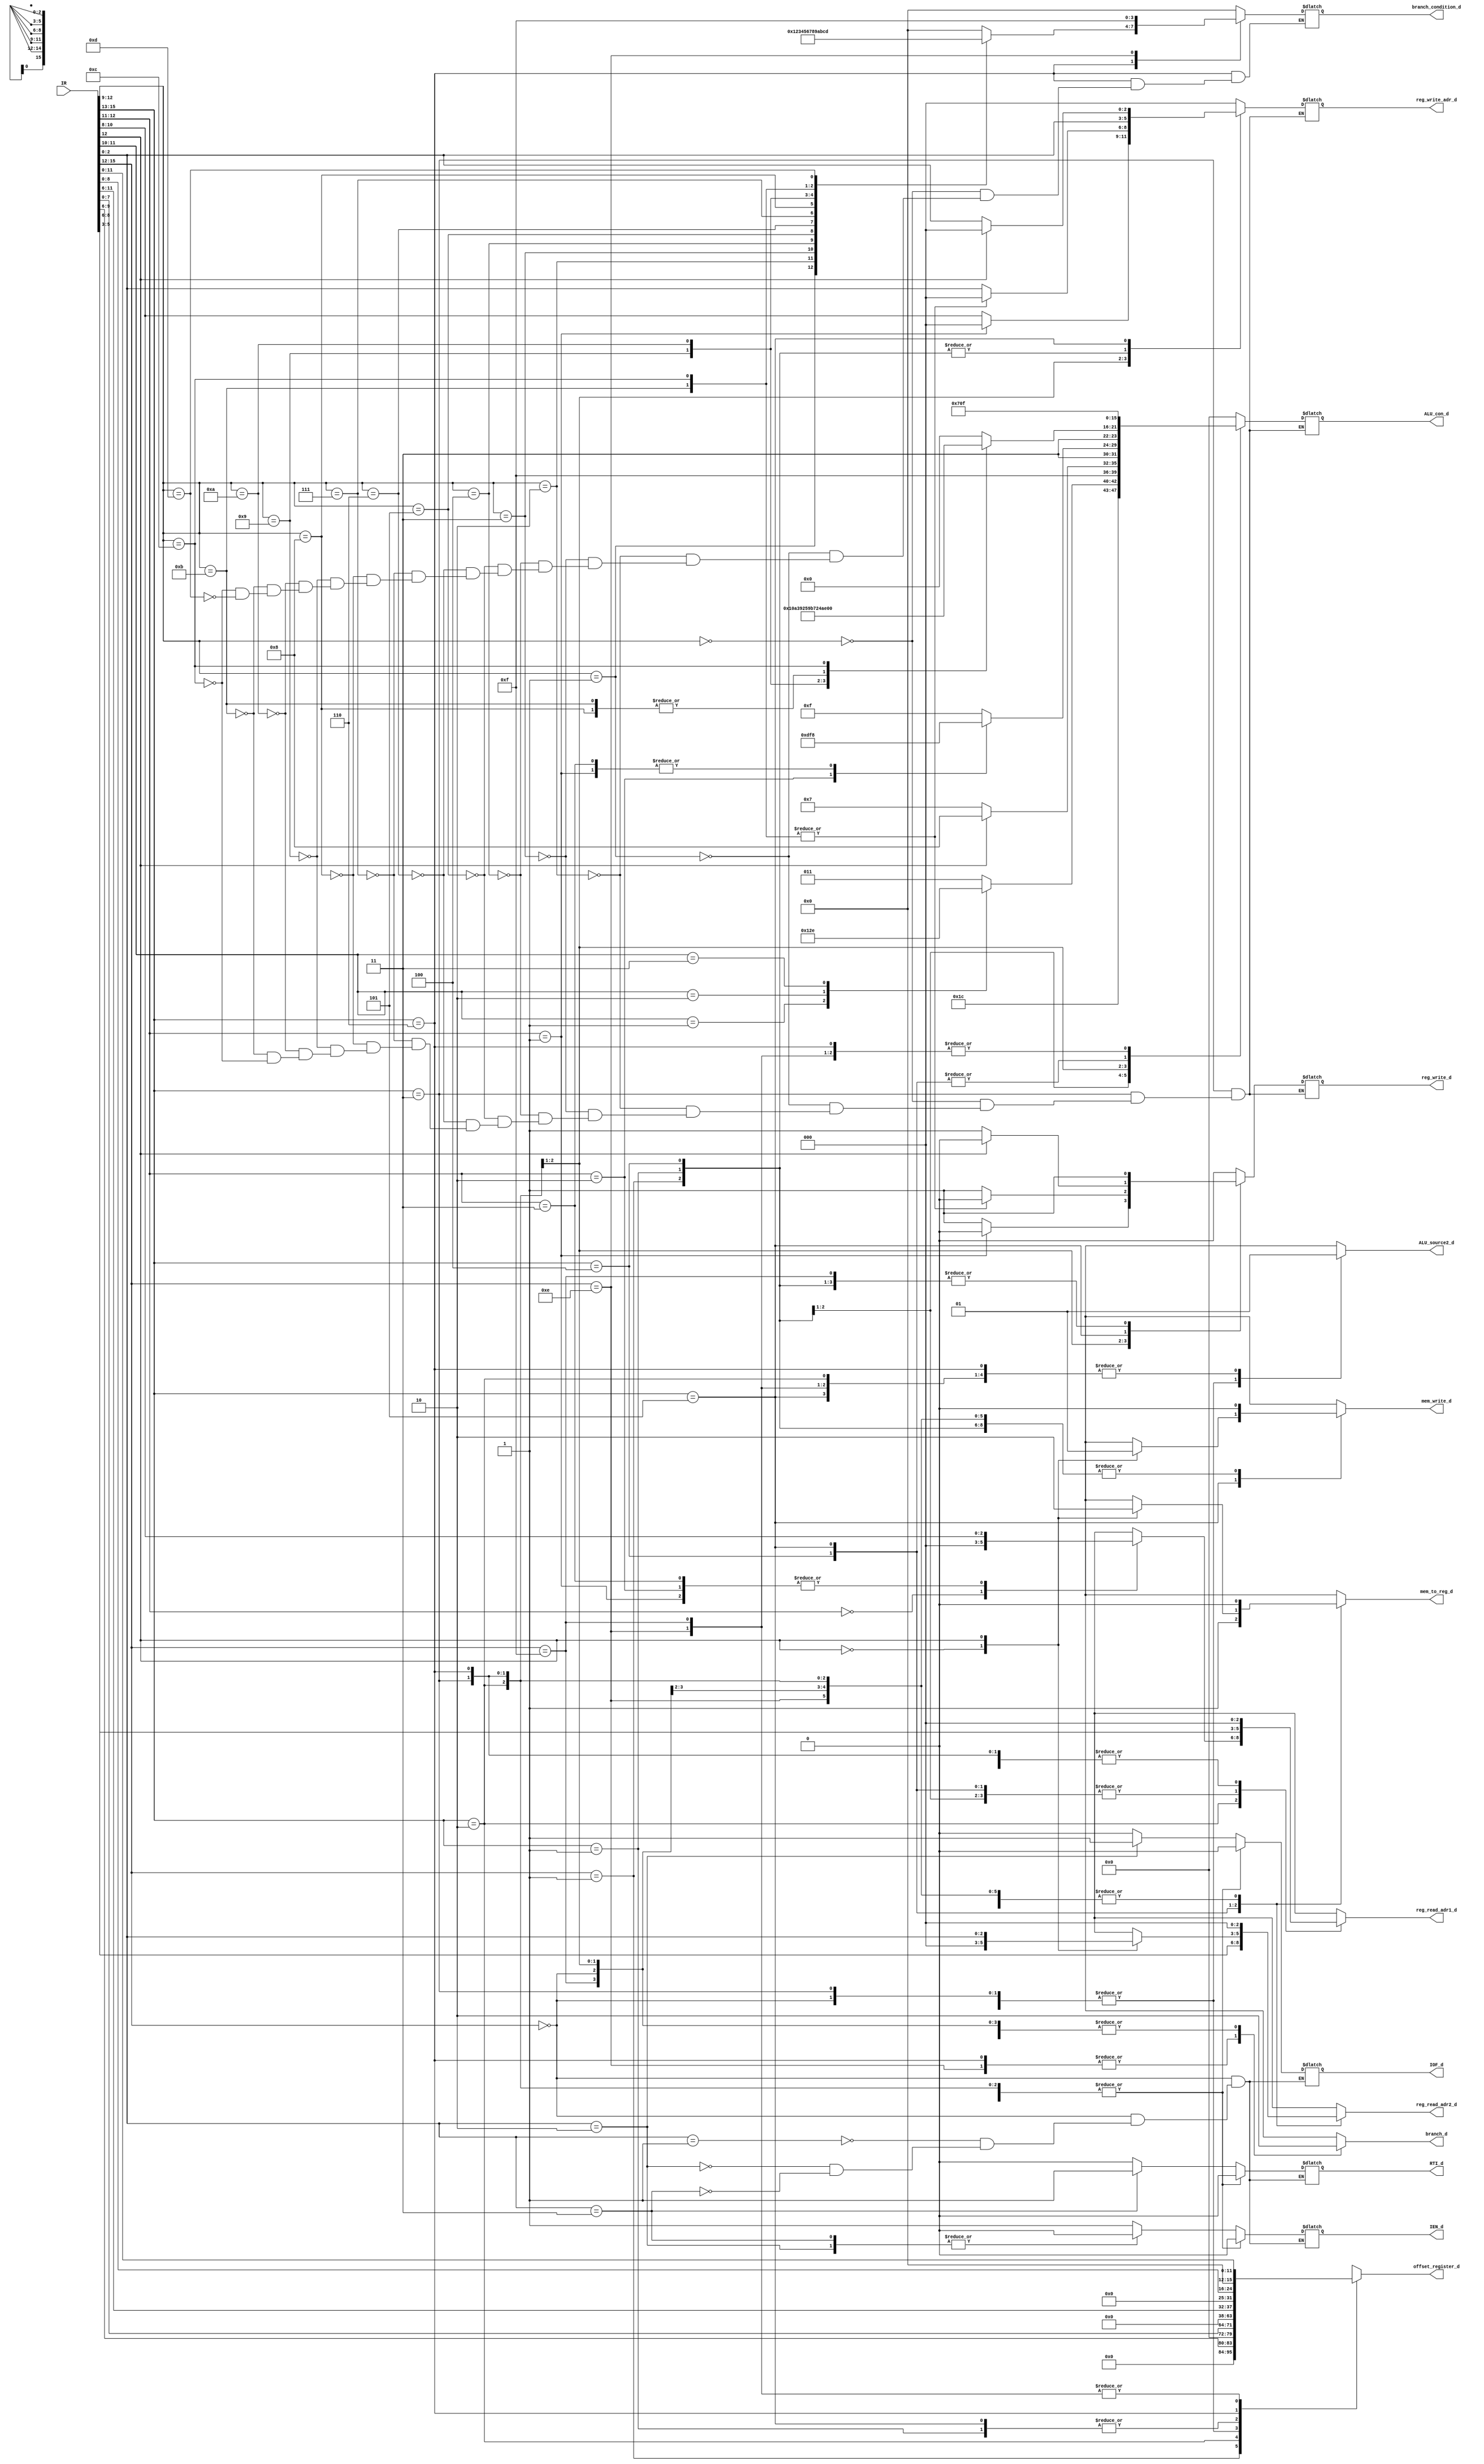
`timescale 1ns / 1ps
//////////////////////////////////////////////////////////////////////////////////
// Company: 
// Engineer: 
// 
// Design Name: 
// Module Name:    control_unit 
// Project Name: 
// Target Devices: 
// Tool versions: 
// Description: 
//
// Dependencies: 
//
// Revision: 
// Revision 0.01 - File Created
// Additional Comments: 
//
//////////////////////////////////////////////////////////////////////////////////
module control_unit(
	input [15:0] IR,
	
	output reg [2:0] reg_read_adr1_d,
	output reg [2:0] reg_read_adr2_d,
	output reg [2:0] reg_write_adr_d,
	output reg reg_write_d,
	
	output reg ALU_source2_d,
	output reg [7:0] ALU_con_d,
	
	output reg [15:0] offset_register_d,
	
	output reg mem_write_d,
	output reg mem_to_reg_d,
	
	output reg branch_d,
	output reg [3:0] branch_condition_d,
	
	output reg IEN_d,
	output reg IOF_d,
	output reg RTI_d
	);

	always @(*) begin
		// 1. Inherent Instructions
		casex (IR[15:12])
			4'b0000: begin	
				reg_read_adr1_d = 3'h0;
				reg_read_adr2_d = 3'h0;
				reg_write_adr_d = 3'h0;
				reg_write_d = 0;
				ALU_source2_d = 0;
				ALU_con_d = 8'h00;
				offset_register_d = 16'h0000;
				mem_write_d = 0;
				mem_to_reg_d = 0;
				branch_d = 0;
				branch_condition_d = 4'h0;
				
				case (IR[2:0])				
					// ION
					3'b001: begin
						IEN_d = 1;
						IOF_d = 0;
						RTI_d = 0;
					end
					
					// IOF
					3'b010: begin
						IOF_d = 1;
						IEN_d = 0;
						RTI_d = 0;
					end
					
					// RTI
					3'b011: begin
						RTI_d = 1;
						IEN_d = 0;
						IOF_d = 0;
					end
				endcase
			end
			
			
			// 2. Shift Instructions
			4'b0001: begin
				reg_read_adr1_d = IR[5:3];
				reg_read_adr2_d = 3'h0;
				reg_write_adr_d = IR[2:0];
				reg_write_d = 1;
				ALU_source2_d = 1;
				offset_register_d = {12'h000, IR[9:6]};
				mem_write_d = 0;
				mem_to_reg_d = 0;
				branch_d = 0;
				branch_condition_d = 4'h0;
				IEN_d = 0;
				IOF_d = 0;
				RTI_d = 0;
			
				case (IR[11:10])
					// LSL
					2'b00: ALU_con_d = 8'he3;
					
					// LSR
					2'b01: ALU_con_d = 8'he4;
					
					// ASR
					2'b10: ALU_con_d = 8'he5;
					
					// CSR
					2'b11: ALU_con_d = 8'he6;
				endcase
			end
			
			
			// 3. Add/Subtract Register Immediate Instructions
			4'b001x: begin
				reg_read_adr1_d = IR[5:3];
				reg_read_adr2_d = 3'h0;
				reg_write_adr_d = IR[2:0];
				reg_write_d = 1;
				ALU_source2_d = 1;
				offset_register_d = {10'h000, IR[11:6]};
				mem_write_d = 0;
				mem_to_reg_d = 0;
				branch_d = 0;
				branch_condition_d = 4'h0;
				IEN_d = 0;
				IOF_d = 0;
				RTI_d = 0;

				case (IR[12])
					// Add ADD
					0: ALU_con_d = 8'hf7;
					
					// Add SUB
					1: ALU_con_d = 8'hf8;
				endcase
				
			end
			
			
			// 4. Move/Compare/Add/Subtract Immediate Instructions
			4'b010x: begin
				reg_read_adr2_d = 3'h0;
				ALU_source2_d = 1;
				offset_register_d = {8'h00, IR[7:0]};
				mem_write_d = 0;
				mem_to_reg_d = 0;
				branch_d = 0;
				branch_condition_d = 4'h0;
				IEN_d = 0;
				IOF_d = 0;
				RTI_d = 0;
			
				case (IR[12:11])
					// Move Imm MOV
					2'b00: begin
						reg_read_adr1_d = 3'h0;
						ALU_con_d = 8'hcf;
						reg_write_adr_d = IR[10:8];
						reg_write_d = 1;
					end
					
					// Move Imm CMP
					2'b01: begin
						reg_read_adr1_d = IR[10:8];
						ALU_con_d = 8'hf8;
						reg_write_adr_d = 3'h0;
						reg_write_d = 0;
					end		
					
					// Move Imm ADD
					2'b10: begin
						reg_read_adr1_d = IR[10:8];
						ALU_con_d = 8'hf7;
						reg_write_adr_d = IR[10:8];
						reg_write_d = 1;
					end

					// Move Imm SUB
					2'b11: begin
						reg_read_adr1_d = IR[10:8];
						ALU_con_d = 8'hf8;
						reg_write_adr_d = IR[10:8];
						reg_write_d = 1;
					end
				endcase				
			end
			
			
			// 5. ALU Instructions
			4'b011x: begin
				reg_read_adr1_d = 3'h0;
				reg_read_adr2_d = 3'h0;
				ALU_source2_d = 0;
				offset_register_d = 16'h0000;
				mem_write_d = 0;
				mem_to_reg_d = 0;
				branch_d = 0;
				branch_condition_d = 4'h0;
				IEN_d = 0;
				IOF_d = 0;
				RTI_d = 0;				

				case (IR[12:9])
					// AND
					4'h0: begin
						ALU_con_d = 8'hc0;
						reg_write_adr_d = IR[2:0];
						reg_write_d = 1;
					end

					// OR
					4'h1: begin
						ALU_con_d = 8'hc1;
						reg_write_adr_d = IR[2:0];
						reg_write_d = 1;
					end

					// XOR
					4'h2: begin
						ALU_con_d = 8'hc2;
						reg_write_adr_d = IR[2:0];
						reg_write_d = 1;
					end

					// LSL
					4'h3: begin
						ALU_con_d = 8'he3;
						reg_write_adr_d = IR[2:0];
						reg_write_d = 1;
					end		

					// LSR
					4'h4: begin
						ALU_con_d = 8'he4;
						reg_write_adr_d = IR[2:0];
						reg_write_d = 1;
					end

					// ASR
					4'h5: begin
						ALU_con_d = 8'he5;
						reg_write_adr_d = IR[2:0];
						reg_write_d = 1;
					end

					// CSR
					4'h6: begin
						ALU_con_d = 8'he6;
						reg_write_adr_d = IR[2:0];
						reg_write_d = 1;
					end

					// ADD
					4'h7: begin
						ALU_con_d = 8'hf7;
						reg_write_adr_d = IR[2:0];
						reg_write_d = 1;
					end

					// SUB
					4'h8: begin
						ALU_con_d = 8'hf8;
						reg_write_adr_d = IR[2:0];
						reg_write_d = 1;
					end

					// NEG
					4'h9: begin
						ALU_con_d = 8'hc9;
						reg_write_adr_d = IR[2:0];
						reg_write_d = 1;
					end

					// NOT
					4'ha: begin
						ALU_con_d = 8'hca;
						reg_write_adr_d = IR[2:0];
						reg_write_d = 1;
					end

					// CMP
					4'hb: begin
						ALU_con_d = 8'hf8;
						reg_write_adr_d = 3'h0;
						reg_write_d = 0;
					end

					// TST
					4'hc: begin
						ALU_con_d = 8'hf0;
						reg_write_adr_d = 3'h0;
						reg_write_d = 0;
					end
				endcase
			end


			// 6. Load/Store with Register Offset Instructions
			4'b100x: begin
				// LD/ST Reg LD
				reg_read_adr1_d = IR[5:3];
				reg_read_adr2_d = IR[8:6];
				reg_write_adr_d = IR[2:0];
				reg_write_d = 1;
				ALU_source2_d = 0;
				ALU_con_d = 8'h07;
				offset_register_d = 16'h0000;
				mem_write_d = 0;
				mem_to_reg_d = 1;
				branch_d = 0;
				branch_condition_d = 4'h0;
				IEN_d = 0;
				IOF_d = 0;
				RTI_d = 0;
			end
			

			// 7. Load/Store with Immediate Offset Instructions
			4'b101x: begin
				reg_read_adr1_d = IR[5:3];
				ALU_source2_d = 1;
				ALU_con_d = 8'h07;
				offset_register_d = {10'h000, IR[11:6]};
				branch_d = 0;
				branch_condition_d = 4'h0;
				IEN_d = 0;
				IOF_d = 0;
				RTI_d = 0;

				case (IR[12])
					// LD/ST Imm LD
					0: begin
						reg_read_adr2_d = 3'h0;
						reg_write_adr_d = IR[2:0];
						reg_write_d = 1;
						mem_write_d = 0;
						mem_to_reg_d = 1;
					end
					
					// LD/ST Imm STR
					1: begin
						reg_read_adr2_d = IR[2:0];
						reg_write_adr_d = 3'h0;
						reg_write_d = 0;
						mem_write_d = 1;
						mem_to_reg_d = 0;
					end
				endcase
			end
			
			
			// 8. Conditional Branch Instructions
			4'b110x: begin
				reg_read_adr1_d = 3'h0;
				reg_read_adr2_d = 3'h0;
				reg_write_adr_d = 3'h0;
				reg_write_d = 0;
				ALU_source2_d = 1;
				ALU_con_d = 8'h0f;
				offset_register_d = {7'h00, IR[8:0]};
				mem_write_d = 0;
				mem_to_reg_d = 0;
				branch_d = 1;
				IEN_d = 0;
				IOF_d = 0;
				RTI_d = 0;

				case (IR[12:9])
					// BEQ
					4'h0: branch_condition_d = 4'h0;

					// BNE
					4'h1: branch_condition_d = 4'h1;
					
					// BCS
					4'h2: branch_condition_d = 4'h2;
					
					// BCC
					4'h3: branch_condition_d = 4'h3;
					
					// BMI
					4'h4: branch_condition_d = 4'h4;
					
					// BPL
					4'h5: branch_condition_d = 4'h5;
					
					// BVS
					4'h6: branch_condition_d = 4'h6;
					
					// BVC
					4'h7: branch_condition_d = 4'h7;
					
					// BHI
					4'h8: branch_condition_d = 4'h8;
					
					// BLS
					4'h9: branch_condition_d = 4'h9;
					
					// BGE
					4'ha: branch_condition_d = 4'ha;
					
					// BLT
					4'hb: branch_condition_d = 4'hb;
					
					// BGT
					4'hc: branch_condition_d = 4'hc;
					
					// BLE
					4'hd: branch_condition_d = 4'hd;
				endcase
			end
			
			
			// 9. Unconditional Branch Instruction
			4'b1110: begin
				// Uncond Branch OP
				reg_read_adr1_d = 3'h0;
				reg_read_adr2_d = 3'h0;
				reg_write_adr_d = 3'h0;
				reg_write_d = 0;
				ALU_source2_d = 1;
				ALU_con_d = 8'h0f;
				offset_register_d = {4'h0, IR[11:0]};
				mem_write_d = 0;
				mem_to_reg_d = 0;
				branch_d = 1;
				branch_condition_d = 4'hf;
				IEN_d = 0;
				IOF_d = 0;
				RTI_d = 0;
			end
	
	
			// 10. Move Long Immediate
			4'b1111: begin
				// Move Long OP
				reg_read_adr1_d = 3'h0;
				reg_read_adr2_d = 3'h0;
				reg_write_adr_d = 3'h0;
				reg_write_d = 1;
				ALU_source2_d = 1;
				ALU_con_d = 8'h0f;
				offset_register_d = {4'h0, IR[11:0]};
				mem_write_d = 0;
				mem_to_reg_d = 0;
				branch_d = 0;
				branch_condition_d = 4'h0;
				IEN_d = 0;
				IOF_d = 0;
				RTI_d = 0;
			end


		endcase
	end

endmodule